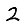
Digit: 2